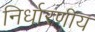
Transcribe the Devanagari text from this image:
निर्धारणीय